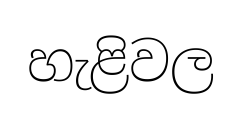
හැළිවල